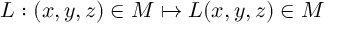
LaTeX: L : ( x , y , z ) \in { M } \mapsto L ( x , y , z ) \in { M }